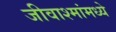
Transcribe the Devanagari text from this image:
जीवाश्मांमध्ये